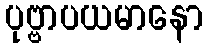
ပုဗ္ဗာပယမာနော